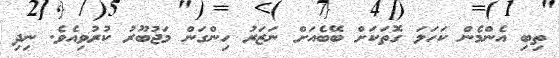
ތިބި އެންމެން ކަހަލަ ގޮތަކަށް ބޭބެއަށް ނަޒަރު ހިންގަން މަޖުބޫރު ކުރުވިއެވެ. ނިދި